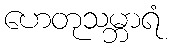
ဟေတုသမ္ဘာရံ